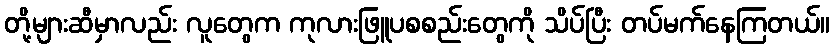
တို့များဆီမှာလည်း လူတွေက ကုလားဖြူပစစည်းတွေကို သိပ်ပြီး တပ်မက်နေကြတယ်။